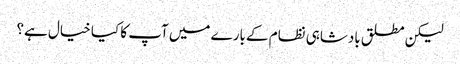
لیکن مطلق بادشاہی نظام کے بارے میں آپ کا کیا خیال ہے؟